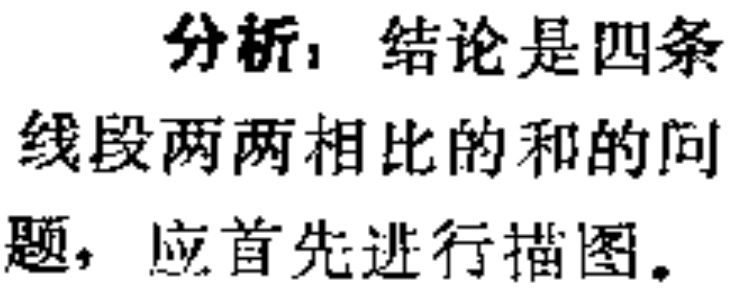
分析，结论是四条线段两两相比的和的问题，应首先进行描图。